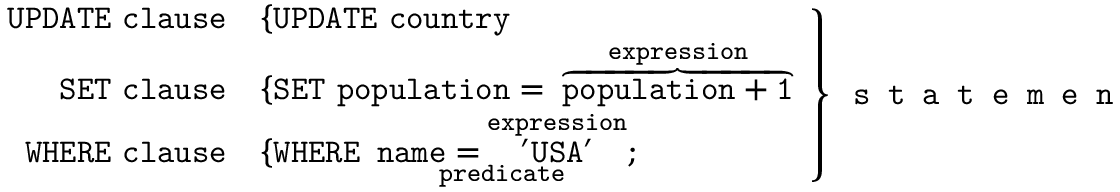
\left. { \begin{array} { r l } { \textstyle { \mathtt { U P D A T E ~ c l a u s e } } } & { \{ { \mathtt { U P D A T E \ c o u n t r y } } } \\ { \textstyle { \mathtt { S E T ~ c l a u s e } } } & { \{ { \mathtt { S E T \ p o p u l a t i o n = ~ } } \overbrace { \mathtt { p o p u l a t i o n + 1 } } ^ { \mathtt { e x p r e s s i o n } } } \\ { \textstyle { \mathtt { W H E R E ~ c l a u s e } } } & { \{ { \mathtt { W H E R E \ \underbrace { { n a m e = } \overbrace { ' U S A ^ { \prime } } ^ { e x p r e s s i o n } } _ { p r e d i c a t e } ; } } } \end{array} } \right\} { \textstyle { \texttt { s t a t e m e n t } } }